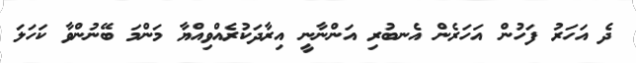
ދެ އަހަރު ފަހުން އަހަރެން އެނބުރި އަންނާނީ އިރާދަކުރެއްވިއްޔާ މަންމަ ބޭނުންވާ ކަހަލަ